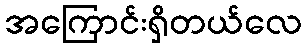
အကြောင်းရှိတယ်လေ